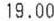
19.00